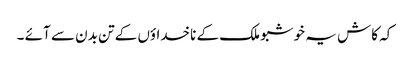
کہ کاش یہ خوشبو ملک کے ناخداؤں کے تن بدن سے آئے ۔